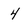
Character: 4